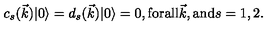
c _ { s } ( \vec { k } ) | 0 \rangle = d _ { s } ( \vec { k } ) | 0 \rangle = 0 , \mathrm { f o r a l l } \vec { k } , \mathrm { a n d } s = 1 , 2 .